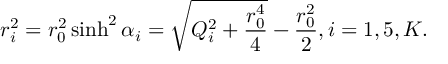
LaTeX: r _ { i } ^ { 2 } = r _ { 0 } ^ { 2 } \sinh ^ { 2 } \alpha _ { i } = \sqrt { Q _ { i } ^ { 2 } + { \frac { r _ { 0 } ^ { 4 } } { 4 } } } - { \frac { r _ { 0 } ^ { 2 } } { 2 } } , i = 1 , 5 , K .